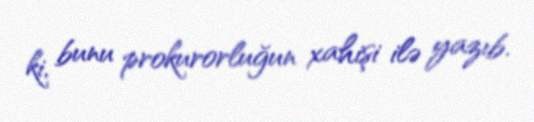
ki, bunu prokurorluğun xahişi ilə yazıb.